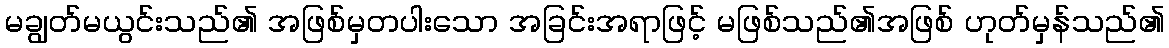
မချွတ်မယွင်းသည်၏ အဖြစ်မှတပါးသော အခြင်းအရာဖြင့် မဖြစ်သည်၏အဖြစ် ဟုတ်မှန်သည်၏